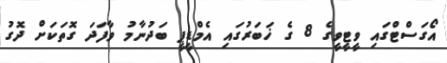
އޯގަސްޓްގައި ވީޓީވީގެ 8 ގެ ޚަބަރުގައި އެމްޑީޕީ ބަދުނާމު ވާފަދަ ގޮތަކަށް ދޮގު